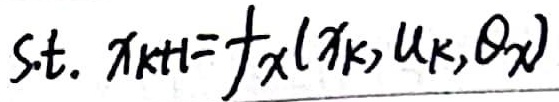
s.t. \(x_{k + 1}=f_x(x_k, u_k, \theta_x)\)